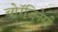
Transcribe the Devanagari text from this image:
बोरॅजिनेसी